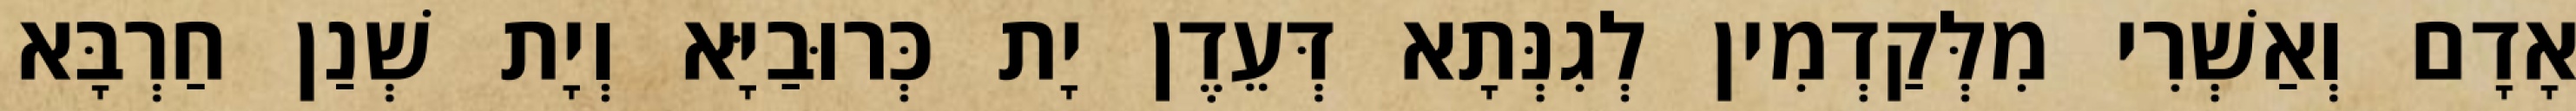
אָדָם וְאַשְׁרִי מִלְּקַדְמִין לְגִנְּתָא דְּעֵדֶן יָת כְּרוּבַיָּא וְיָת שְׁנַן חַרְבָּא